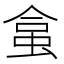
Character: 𧊧